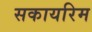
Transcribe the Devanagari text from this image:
सकायरिम